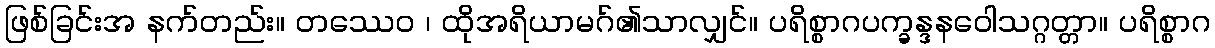
ဖြစ်ခြင်းအ နက်တည်း။ တဿေဝ ၊ ထိုအရိယာမဂ်၏သာလျှင်။ ပရိစ္စာဂပက္ခန္ဒနဝေါသဂ္ဂတ္တာ။ ပရိစ္စာဂ